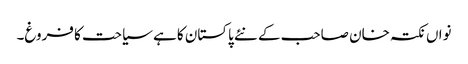
نواں نکتہ خان صاحب کے نئے پاکستان کا ہے سیاحت کا فروغ۔